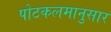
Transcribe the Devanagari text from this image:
पोटकलमानुसार